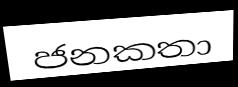
ජනකතා